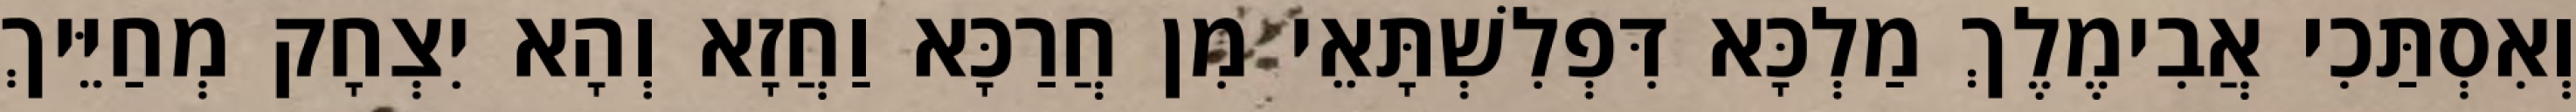
וְאִסְתַּכִי אֲבִימֶלֶךְ מַלְכָּא דִּפְלִשְׁתָּאֵי מִן חֲרַכָּא וַחֲזָא וְהָא יִצְחָק מְחַיֵּיךְ